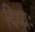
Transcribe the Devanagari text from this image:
दिव्यः